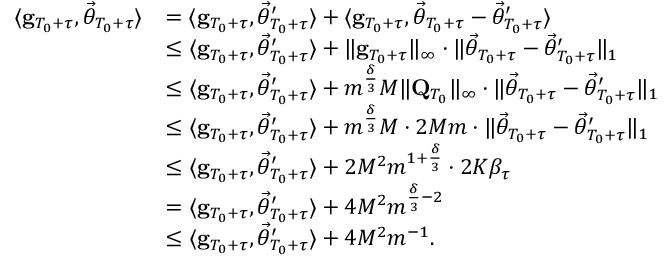
\begin{array} { r l } { \langle \mathbf g _ { T _ { 0 } + \tau } , \vec { \theta } _ { T _ { 0 } + \tau } \rangle } & { = \langle \mathbf g _ { T _ { 0 } + \tau } , \vec { \theta } _ { T _ { 0 } + \tau } ^ { \prime } \rangle + \langle \mathbf g _ { T _ { 0 } + \tau } , \vec { \theta } _ { T _ { 0 } + \tau } - \vec { \theta } _ { T _ { 0 } + \tau } ^ { \prime } \rangle } \\ & { \le \langle \mathbf g _ { T _ { 0 } + \tau } , \vec { \theta } _ { T _ { 0 } + \tau } ^ { \prime } \rangle + \lVert \mathbf g _ { T _ { 0 } + \tau } \rVert _ { \infty } \cdot \lVert \vec { \theta } _ { T _ { 0 } + \tau } - \vec { \theta } _ { T _ { 0 } + \tau } ^ { \prime } \rVert _ { 1 } } \\ & { \le \langle \mathbf g _ { T _ { 0 } + \tau } , \vec { \theta } _ { T _ { 0 } + \tau } ^ { \prime } \rangle + m ^ { \frac \delta 3 } M \lVert \mathbf Q _ { T _ { 0 } } \rVert _ { \infty } \cdot \lVert \vec { \theta } _ { T _ { 0 } + \tau } - \vec { \theta } _ { T _ { 0 } + \tau } ^ { \prime } \rVert _ { 1 } } \\ & { \le \langle \mathbf g _ { T _ { 0 } + \tau } , \vec { \theta } _ { T _ { 0 } + \tau } ^ { \prime } \rangle + m ^ { \frac \delta 3 } M \cdot 2 M m \cdot \lVert \vec { \theta } _ { T _ { 0 } + \tau } - \vec { \theta } _ { T _ { 0 } + \tau } ^ { \prime } \rVert _ { 1 } } \\ & { \le \langle \mathbf g _ { T _ { 0 } + \tau } , \vec { \theta } _ { T _ { 0 } + \tau } ^ { \prime } \rangle + 2 M ^ { 2 } m ^ { 1 + \frac \delta 3 } \cdot 2 K \beta _ { \tau } } \\ & { = \langle \mathbf g _ { T _ { 0 } + \tau } , \vec { \theta } _ { T _ { 0 } + \tau } ^ { \prime } \rangle + 4 M ^ { 2 } m ^ { \frac \delta 3 - 2 } } \\ & { \le \langle \mathbf g _ { T _ { 0 } + \tau } , \vec { \theta } _ { T _ { 0 } + \tau } ^ { \prime } \rangle + 4 M ^ { 2 } m ^ { - 1 } . } \end{array}